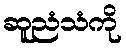
ဆူညံသံကို